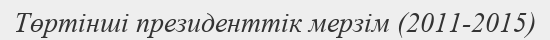
Төртінші президенттік мерзім (2011-2015)